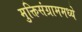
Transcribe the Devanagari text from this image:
मुक्तिसंग्राममध्ये